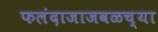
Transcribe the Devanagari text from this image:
फलंदाजाजवळच्या